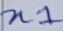
Text: n1